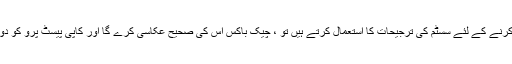
اگر آپ بعد میں کاپی پیسٹ پرو کو رجسٹرڈ کرنے کے لئے سسٹم کی ترجیحات کا استعمال کرتے ہیں تو ، چیک باکس اس کی صحیح عکاسی کرے گا اور کاپی پیسٹ پرو کو دوبارہ رجسٹر کرنے کی کوشش نہیں کرے گا۔